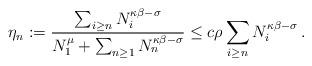
LaTeX: \begin{align*}\eta_{n}:=\frac{\sum_{i\geq n}N_{i}^{\kappa\beta-\sigma}}{N_{1}^{\mu}+\sum_{n\geq1}N_{n}^{\kappa\beta-\sigma}}\leq c\rho\sum_{i\geq n}N_{i}^{\kappa\beta-\sigma}\,. \end{align*}